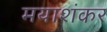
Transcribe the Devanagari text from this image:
मयाशंकर